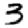
Digit: 3